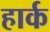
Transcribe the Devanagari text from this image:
हार्क